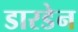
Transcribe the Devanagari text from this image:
डारडेन